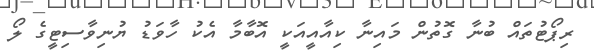
ރިޕޯޓުތައް ބުނާ ގޮތުން މައިނާ ކިއާއީއަކީ އޮބާމާ އެކު ހާވަޑު ޔުނިވާސިޓީގެ ލޯ